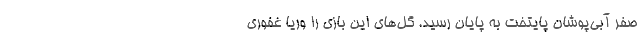
صفر آبی‌پوشان پایتخت به پایان رسید. گل‌های این بازی را وریا غفوری